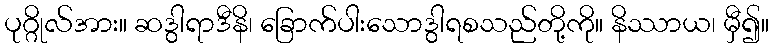
ပုဂ္ဂိုလ်အား။ ဆဒွါရာဒီနိ၊ ခြောက်ပါးသောဒွါရစသည်တို့ကို။ နိဿာယ၊ မှီ၍။